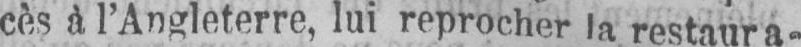
cès à l’Angleterre, lui reprocher la restaura-